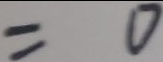
= 0